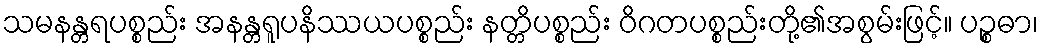
သမနန္တရပစ္စည်း အနန္တရူပနိဿယပစ္စည်း နတ္တိပစ္စည်း ဝိဂတပစ္စည်းတို့၏အစွမ်းဖြင့်။ ပဉ္စဓာ၊